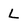
Character: L